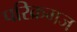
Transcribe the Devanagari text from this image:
परिक्रमज